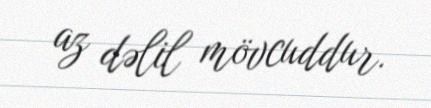
az dəlil mövcuddur.